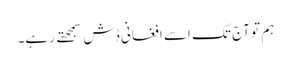
ہم تو آج تک اسے افغانی ڈش سمجهتے رہے۔